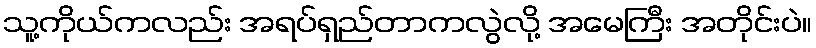
သူ့ကိုယ်ကလည်း အရပ်ရှည်တာကလွဲလို့ အမေကြီး အတိုင်းပဲ။